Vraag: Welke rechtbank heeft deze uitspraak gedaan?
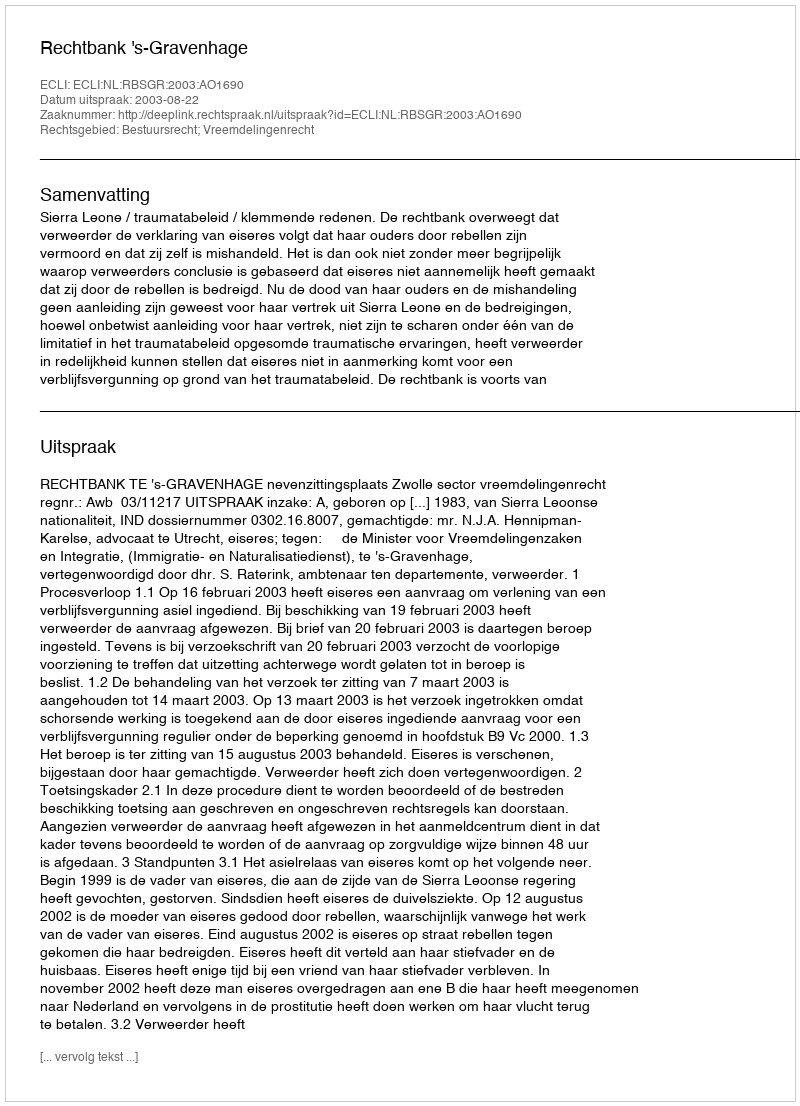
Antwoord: Rechtbank 's-Gravenhage